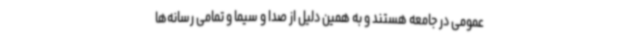
عمومی در جامعه هستند و به همین دلیل از صدا و سیما و تمامی رسانه‌ها